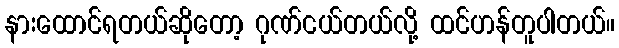
နားထောင်ရတယ်ဆိုတော့ ဂုဏ်ငယ်တယ်လို့ ထင်ဟန်တူပါတယ်။